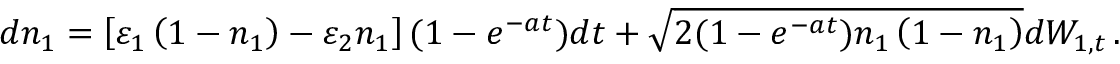
d n _ { 1 } = \left[ \varepsilon _ { 1 } \left( 1 - n _ { 1 } \right) - \varepsilon _ { 2 } n _ { 1 } \right] ( 1 - e ^ { - a t } ) d t + \sqrt { 2 ( 1 - e ^ { - a t } ) n _ { 1 } \left( 1 - n _ { 1 } \right) } d W _ { 1 , t } \, .